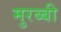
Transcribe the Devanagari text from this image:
मुरब्बी